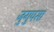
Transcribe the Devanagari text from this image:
जुगुपसा